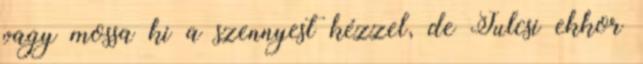
vagy mossa ki a szennyest kézzel, de Julcsi ekkor